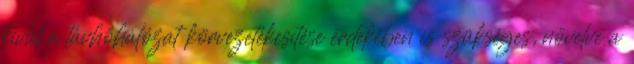
kívül a távhőhálózat körvezetékesítése érdekében is szükséges, növelve a